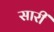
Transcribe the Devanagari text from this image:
सारीं